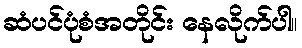
ဆံပင်ပုံစံအတိုင်း နေလိုက်ပါ။